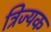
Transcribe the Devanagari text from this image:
त्रिज्यक